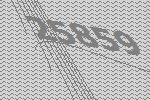
25859